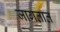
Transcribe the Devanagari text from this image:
जागतात